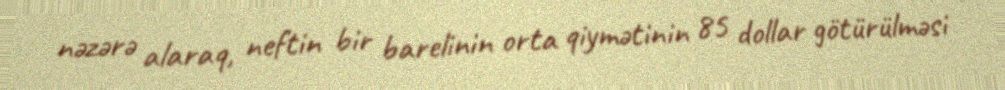
nəzərə alaraq, neftin bir barelinin orta qiymətinin 85 dollar götürülməsi